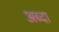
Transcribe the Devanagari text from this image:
अब्दा